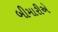
બીમારીએ